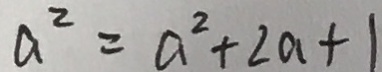
a ^ { 2 } = a ^ { 2 } + 2 a + 1